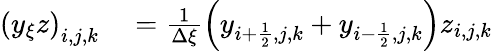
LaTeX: \begin{array}{rl}{\left(y_{\xi}z\right)_{i,j,k}}&{{}=\frac{1}{\Delta\xi}\left(y_{i+\frac{1}{2},j,k}+y_{i-\frac{1}{2},j,k}\right)z_{i,j,k}}\end{array}